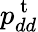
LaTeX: p_{dd}^{\mathrm{~t~}}